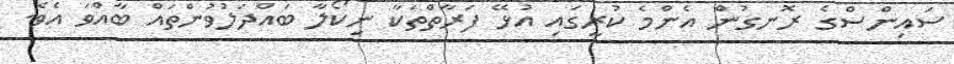
ސައިންސްގެ ރޮނގުން އެންމެ ކުރީގައި އުޅޭ ފަރާތްތަކާ ނިކޯލާ ބައްދަލުވުންތައް ބާއްވަ އެވެ.